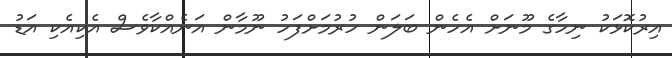
އިރުކޮޅަކު ނިހާގެ މޫނަށް އެހެން ބަލަން ހުރުމަށްފަހު ނޫމާން އަނެއްކާވެސް އެކިއެކި އަޑު